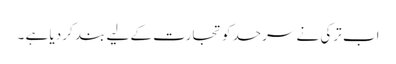
اب ترکی نے سرحد کو تجارت کے لیے بند کر دیا ہے ۔